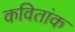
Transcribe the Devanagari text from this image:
कवितांक